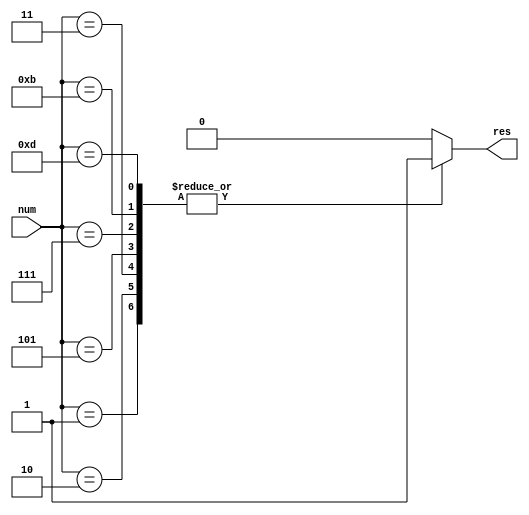
module PrimeNumbers #(parameter N = 4)(
	input [N-1:0] num, 
	output reg res
);
	
	always @(*)
		begin
			case(num)
				1:
					res = 1;
				2:
					res = 1;
				3:
					res = 1;
				5:
					res = 1;
				7:
					res = 1;
				11:
					res = 1;
				13:
					res = 1;
				default:
					res = 0;
			endcase
	end
endmodule